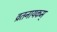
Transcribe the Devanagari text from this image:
व्रतनायकम्